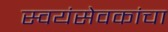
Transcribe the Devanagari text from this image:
स्वयंसेवकांचा